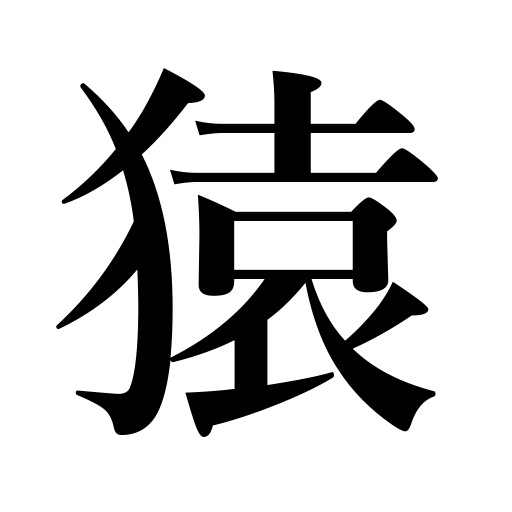
Meanings: monkey,minic,ape,sly person,fastener,door bolt